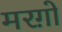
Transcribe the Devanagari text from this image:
मरग़ो